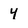
Character: 4